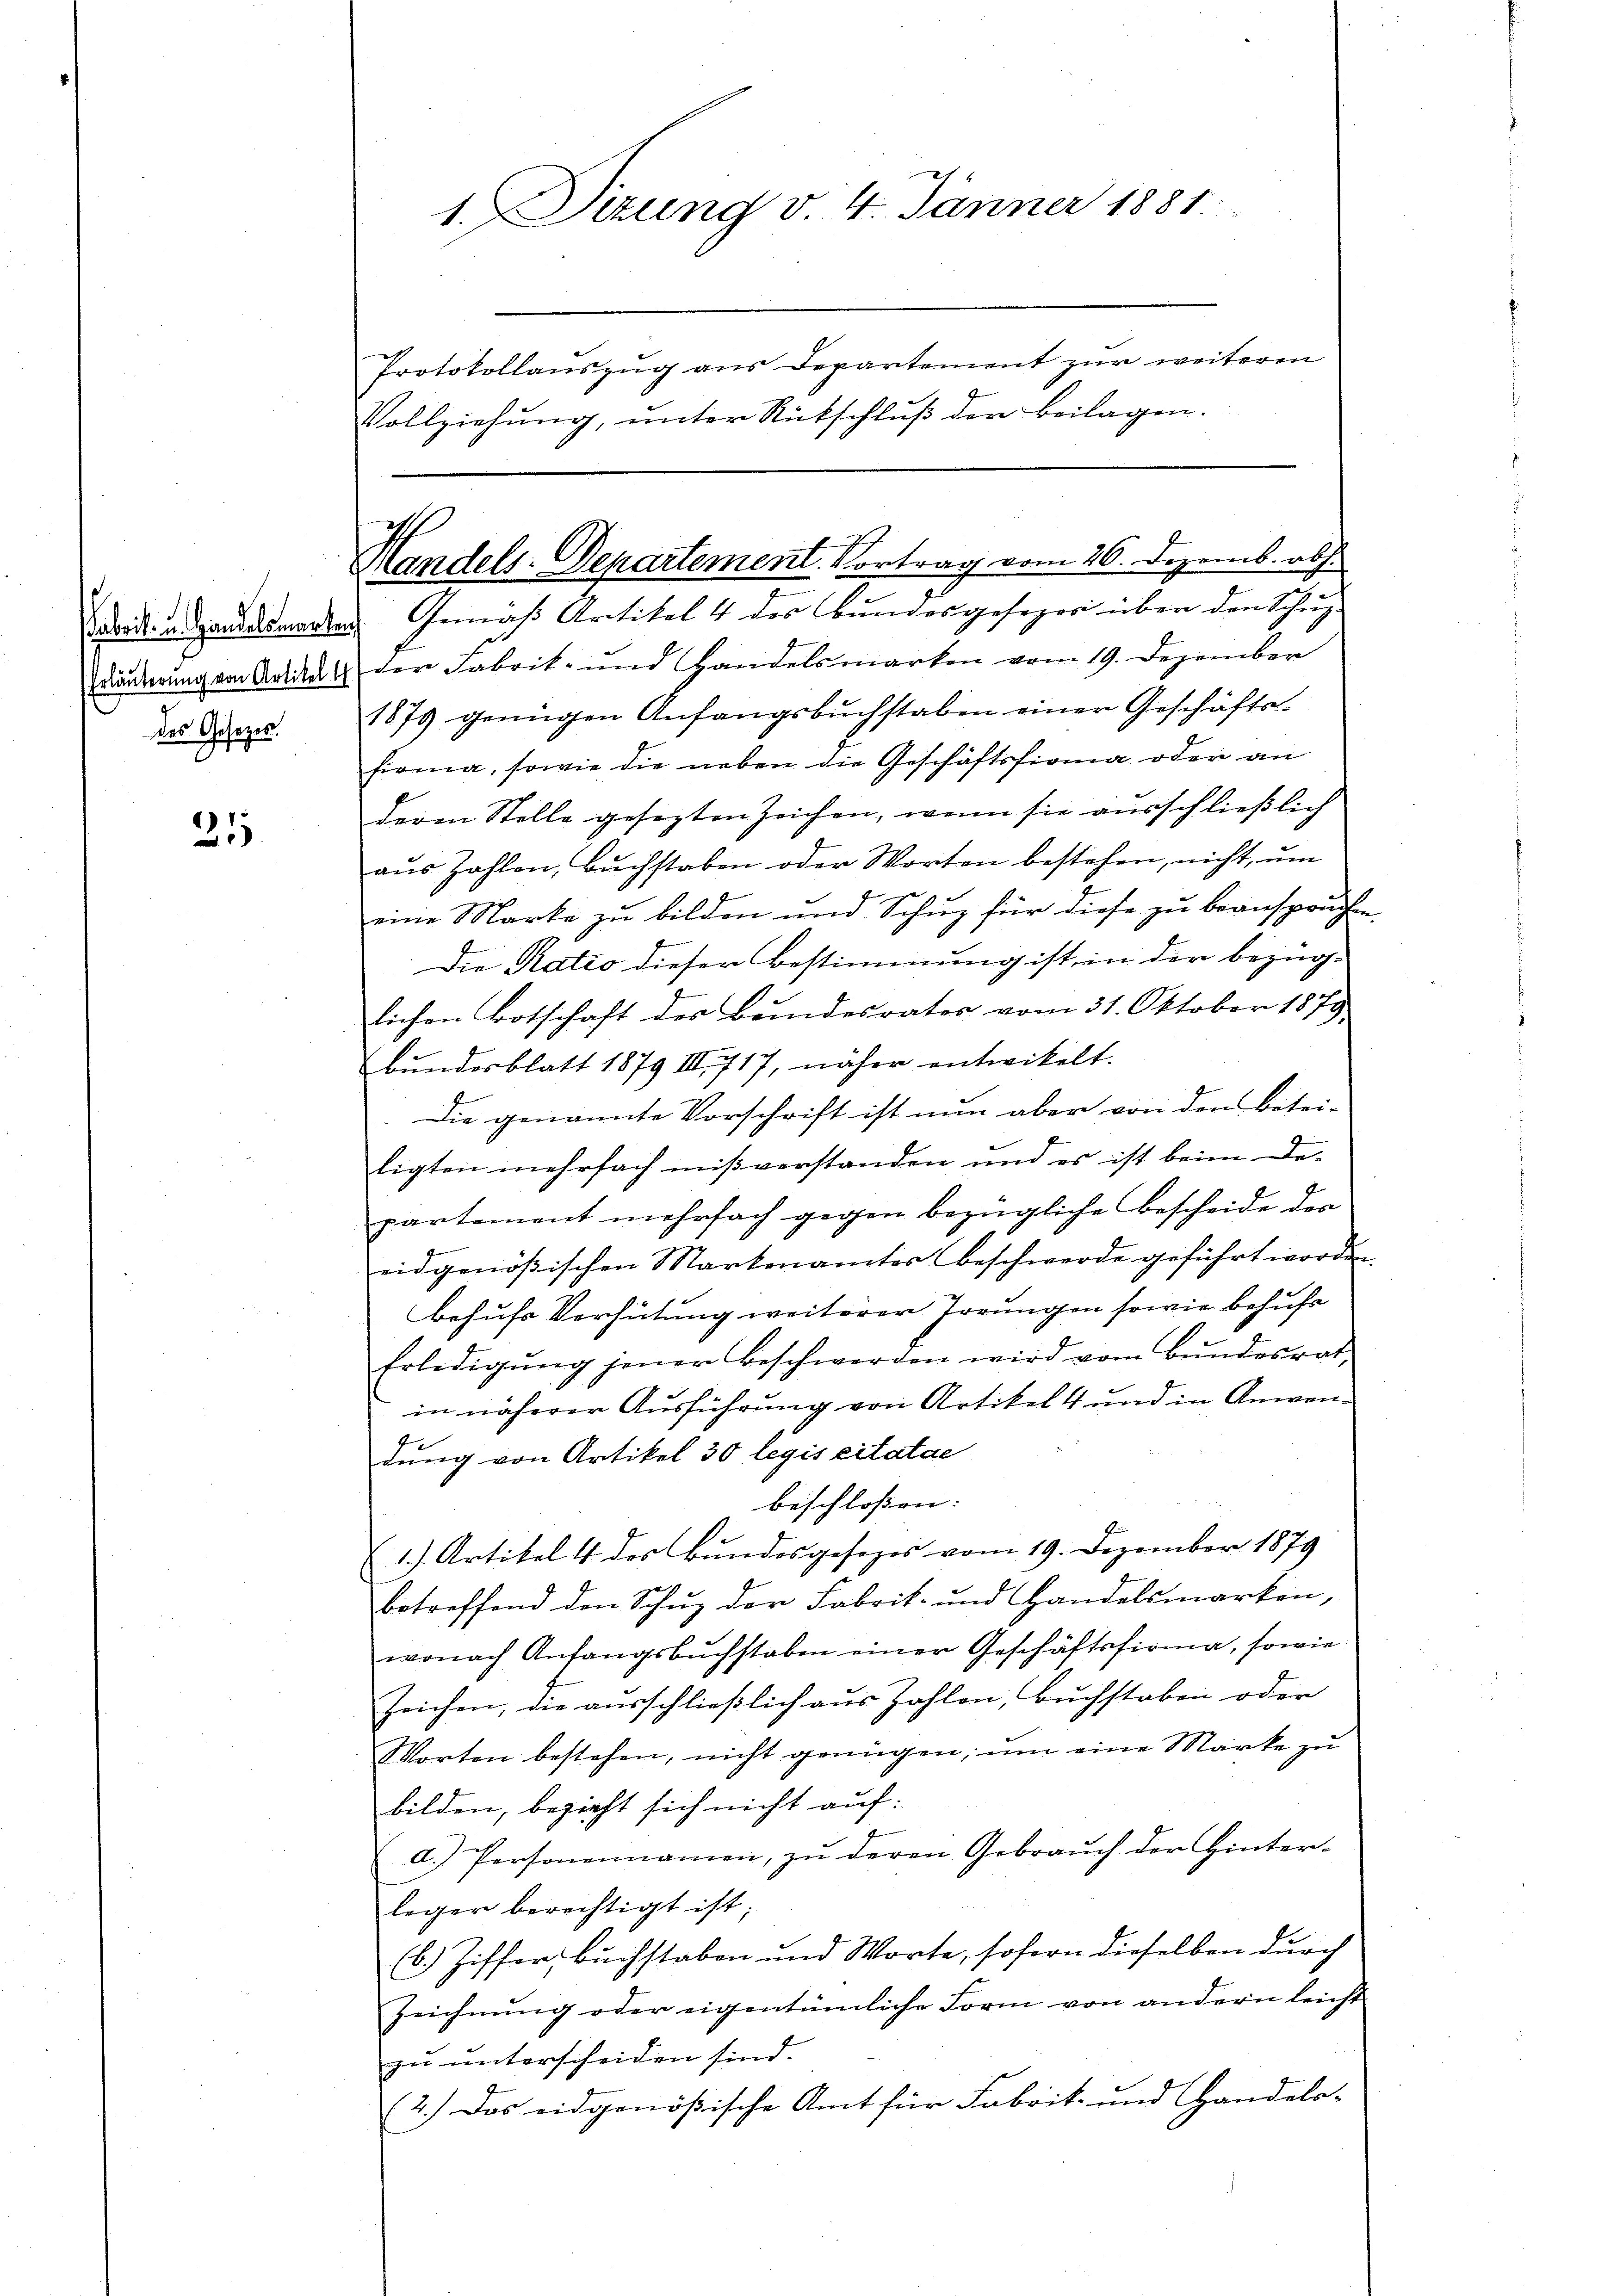
des Gesetzes.

31

1. Sitzung v. 4. Jänner 1881.
Protokollauszug aus Departement zur weiteren
Vollziehung, unter Rückschluß der Beilagen.

Handels-Departement. Vortrag vom 26. Dezemb. ab.

Breiten andelsmaden Gemäß Artikel 4 des Bundesgesezer über den Schup¬
Bänderung von Artikal der Fabrik- und Handelsmarken vom 19. Dezember
1879 genügen Anfangsbuchstaben einer Geschäfts-
firma, sowie die neben die Geschäftsfirma oder an
deren Stelle gesezten Zeichen, wenn sie ausschließlich
aus Zahlen, Buchstaben oder Worten bestehen, nicht, um
eine Marke zu bilden und Schuz für diese zu beansprüchen
Die Ratio dieser Bestimmung ist, in der bezüg-
lichen Botschaft des Bundesrates vom 31. Oktober 1879,
Bundesblatt 1879 III 717, näher entwickelt.
Die genannte Vorschrift ist nun aber von den Betei-
ligten mehrfach mißverstanden und es ist beim De-
partement mehrfach gegen bezügliche Bescheide des
eidgenößischen Markenamtes beschwerde geführt worden.
behufs Verhütung weiterer Irrungen sowie behufe
Erledigŭng jener Beschwerden wird vom Bŭndesrat,
in näherer Ausführung von Artikel 4 und in Anwendung von Artikel 30 legis citatae
beschlossen:
1.) Artikel 4. des Bundesgesezes vom 19. Dezember 1879
betreffend den Schuz der Fabrik- und Handelsmarken,
wonach Anfangsbuchstaben einer Geschäftsfirma, sowie
Zeichen, die ausschließlich aus Zohlen, Buchstaben oder
Worten bestehen, nicht genügen, ŭm eine Marke zu
bilden, bezieht sich nicht auf:
d.) Personennamen, zu deren Gebrauch der Hinter-
leger berechtigt ist;
(b. Ziffer, Buchstaben und Worte, sofern dieselben durch
Zeichnung oder eigentümliche Form von andern leicht
zu unterscheiden sind.
(2.) Das eidgenößische Amt für Fabrik- und Handels-